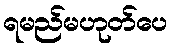
ရမည်မဟုတ်ပေ